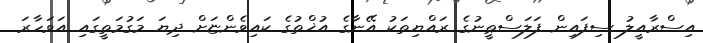
އިސްރާއީލު ސިފައިން ފަލަސްޠީނުގެ ރައްޔިތަކު އޭނާގެ އުޚްތުގެ ކައިވެންޏަށް ދިޔަ މަގުމަތީގައި އަވަހާރަ